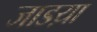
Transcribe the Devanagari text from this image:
जाडय़ा